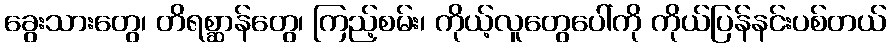
ခွေးသားတွေ၊ တိရစ္ဆာန်တွေ၊ ကြည့်စမ်း၊ ကိုယ့်လူတွေပေါ်ကို ကိုယ်ပြန်နင်းပစ်တယ်